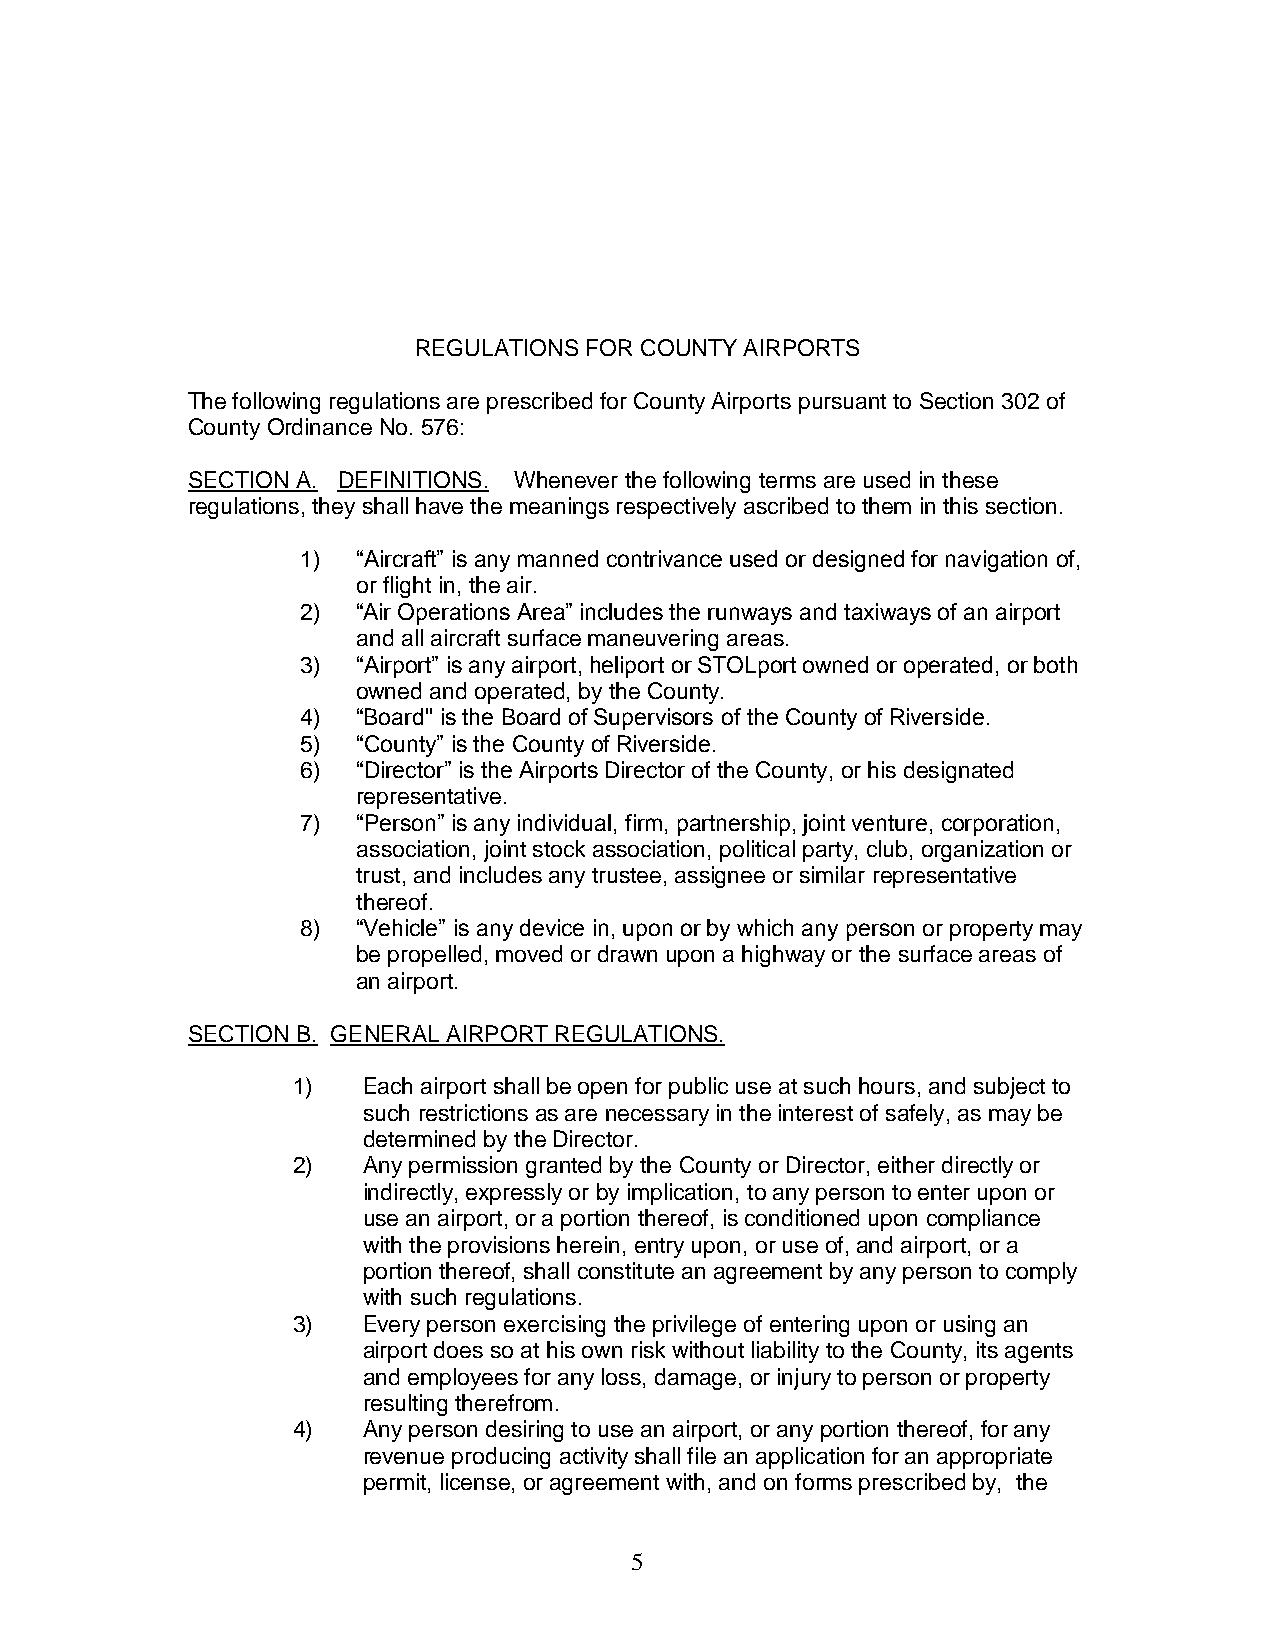
REGULATIONS FOR COUNTY AIRPORTS
 The following regulations are prescribed for County Airports pursuant to Section 302 of
 County Ordinance No. 576:
 SECTION A. DEFINITIONS. Whenever the following terms are used in these
 regulations, they shall have the meanings respectively ascribed to them in this section.
 1)  “Aircraft” is any manned contrivance used or designed for navigation of,
 or flight in, the air.
 2)  “Air Operations Area” includes the runways and taxiways of an airport
 and all aircraft surface maneuvering areas.
 3)  “Airport” is any airport, heliport or STOLport owned or operated, or both
 owned and operated, by the County.
 4)  “Board" is the Board of Supervisors of the County of Riverside.
 5)  “County” is the County of Riverside.
 6)  “Director” is the Airports Director of the County, or his designated
 representative.
 7)  “Person” is any individual, firm, partnership, joint venture, corporation,
 association, joint stock association, political party, club, organization or
 trust, and includes any trustee, assignee or similar representative
 thereof.
 8)  “Vehicle” is any device in, upon or by which any person or property may
 be propelled, moved or drawn upon a highway or the surface areas of
 an airport.
 SECTION B. GENERAL AIRPORT REGULATIONS.
 1)   Each airport shall be open for public use at such hours, and subject to
 such restrictions as are necessary in the interest of safely, as may be
 determined by the Director.
 2)   Any permission granted by the County or Director, either directly or
 indirectly, expressly or by implication, to any person to enter upon or
 use an airport, or a portion thereof, is conditioned upon compliance
 with the provisions herein, entry upon, or use of, and airport, or a
 portion thereof, shall constitute an agreement by any person to comply
 with such regulations.
 3)   Every person exercising the privilege of entering upon or using an
 airport does so at his own risk without liability to the County, its agents
 and employees for any loss, damage, or injury to person or property
 resulting therefrom.
 4)   Any person desiring to use an airport, or any portion thereof, for any
 revenue producing activity shall file an application for an appropriate
 permit, license, or agreement with, and on forms prescribed by, the
 5